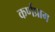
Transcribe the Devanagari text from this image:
कर्णप्राग